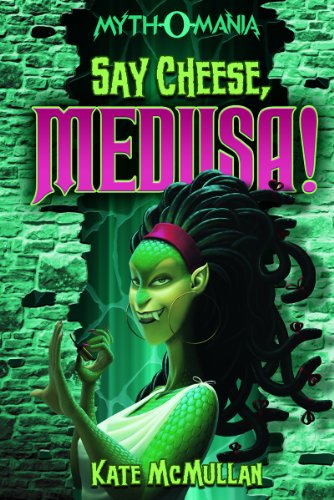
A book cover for Say Cheese, Medusa! (Myth-O-Mania); Kate McMullan; Children's Books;